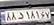
۸۸د۱۸۱۶۷